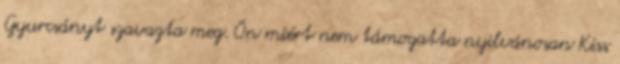
Gyurcsányt szavazta meg. Ön miért nem támogatta nyilvánosan Kiss